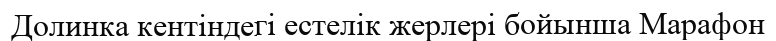
Долинка кентіндегі естелік жерлері бойынша Марафон